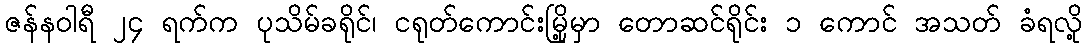
ဇန်နဝါရီ ၂၄ ရက်က ပုသိမ်ခရိုင်၊ ငရုတ်ကောင်းမြို့မှာ တောဆင်ရိုင်း ၁ ကောင် အသတ် ခံရလို့